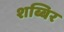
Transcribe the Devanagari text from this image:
शब्बिर